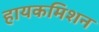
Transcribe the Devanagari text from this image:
हायकमिशन